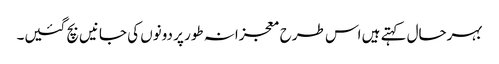
بہرحال کہتے ہیں اس طرح معجزانہ طور پر دونوں کی جانیں بچ گئیں۔